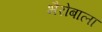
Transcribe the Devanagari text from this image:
भैरोबाला